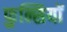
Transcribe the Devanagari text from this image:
फुन्सियों